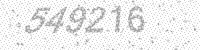
Solution: 549216